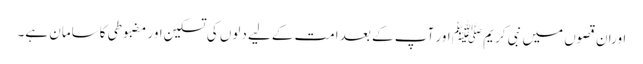
اوران قصوں میں نبی کریم ﷺ اور آپ کے بعد امت کےلیے دلوں کی تسکین اور مضبوطی کاسامان ہے۔